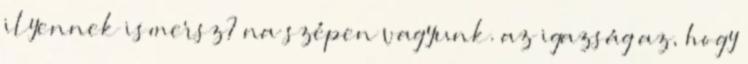
ilyennek ismersz? na szépen vagyunk. az igazság az, hogy